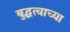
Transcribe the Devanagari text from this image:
बुद्धत्वाच्या